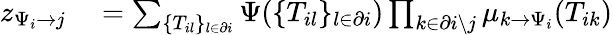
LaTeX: \begin{array}{r}{\begin{array}{rl}{z_{\Psi_{i}\to j}}&{{}=\sum_{\{ T_{il}\} _{l\in\partial i}}\Psi(\{ T_{il}\} _{l\in\partial i})\prod_{k\in\partial i\setminus j}\mu_{k\to\Psi_{i}}(T_{ik})}\end{array}}\end{array}